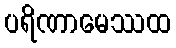
ပရိဏာမေဿထ